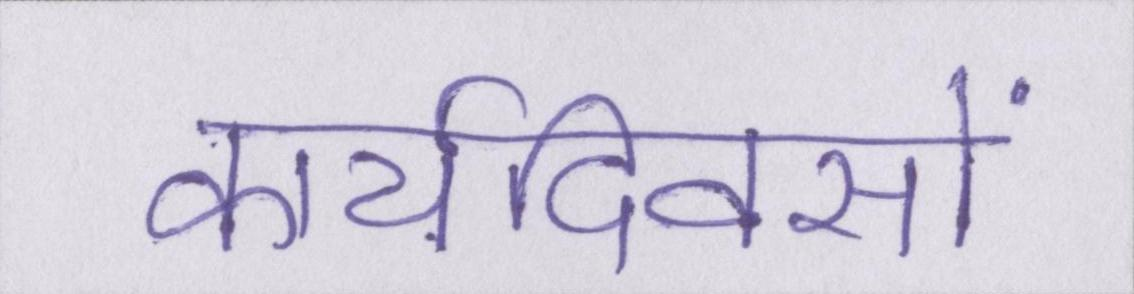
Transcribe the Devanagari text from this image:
कार्यदिवसों